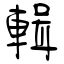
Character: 輯